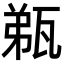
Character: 𤭌